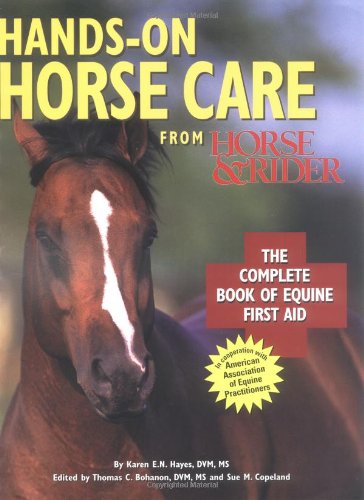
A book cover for Hands-on Horse Care: The Complete Book of Equine First-Aid; Karen E. N. Hayes DVM  MS; Health, Fitness & Dieting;